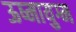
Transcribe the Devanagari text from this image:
ऊष्मायुग्म